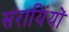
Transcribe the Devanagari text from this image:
सरायिंयों